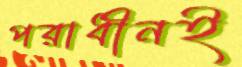
পরাধীনই